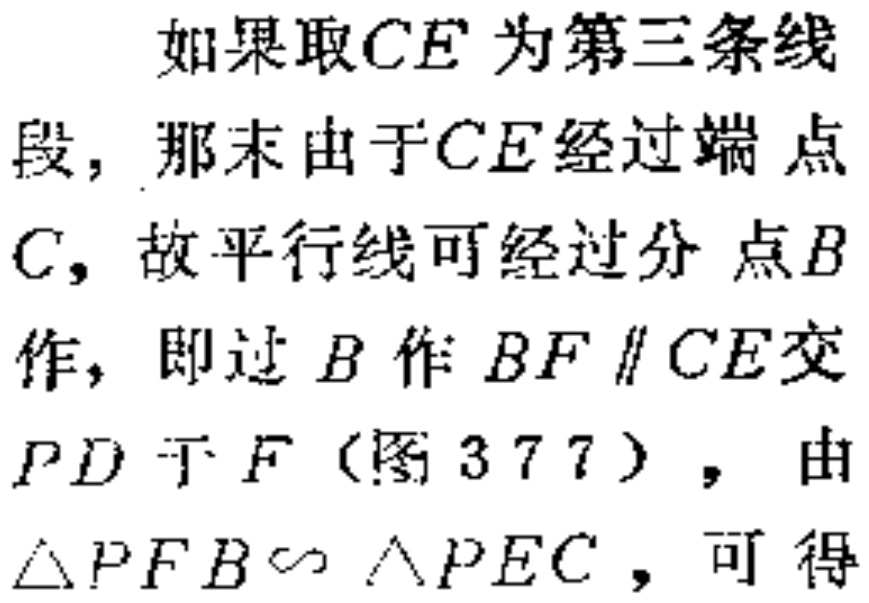
如果取\(CE\)为第三条线段，那末由于\(CE\)经过端点\(C\)，故平行线可经过分点\(B\)作，即过\(B\)作\(BF \parallel CE\)交\(PD\)于\(F\)（图\(377\)），由\(\triangle PFB \sim \triangle PEC\)，可得